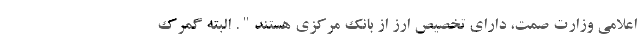
اعلامی وزارت صمت، دارای تخصیص ارز از بانک مرکزی هستند". البته گمرک